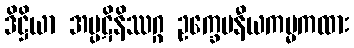
ဒိဋ္ဌိယာ အပ္ပဋိနိဿဂ္ဂ ဥက္ခေပနီယကမ္မကထား